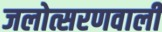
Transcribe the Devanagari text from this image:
जलोत्सरणवाली